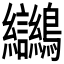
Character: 𪈮